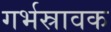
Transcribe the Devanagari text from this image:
गर्भस्रावक